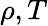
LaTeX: \rho,T